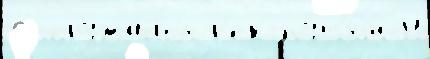
Сооружалс'я р'ек пут'я́м Н